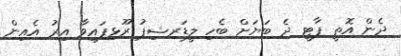
ދެން އޮތީ ޕާޓީ ދެ ބަޔަށް ބެހި ލީޑަރޝިޕު ރޫޅިފައިވާ އިރު އެއިން